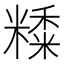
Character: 𥼄